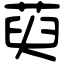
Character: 萸